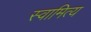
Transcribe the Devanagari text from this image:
स्वामित्य